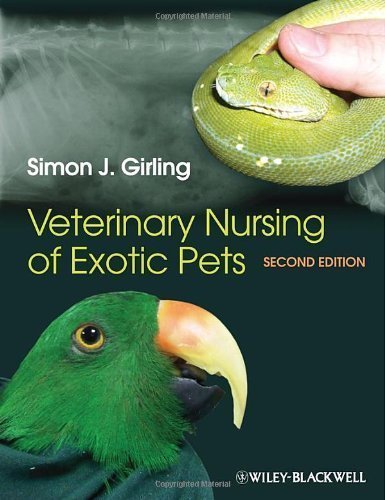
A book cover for Veterinary Nursing of Exotic Pets 2nd (second) Edition by Girling, Simon J. published by Wiley-Blackwell (2013); Medical Books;